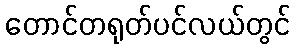
တောင်တရုတ်ပင်လယ်တွင်